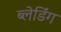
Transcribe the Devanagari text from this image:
ब्लेडिंग